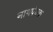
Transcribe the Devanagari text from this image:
नाथपंचक